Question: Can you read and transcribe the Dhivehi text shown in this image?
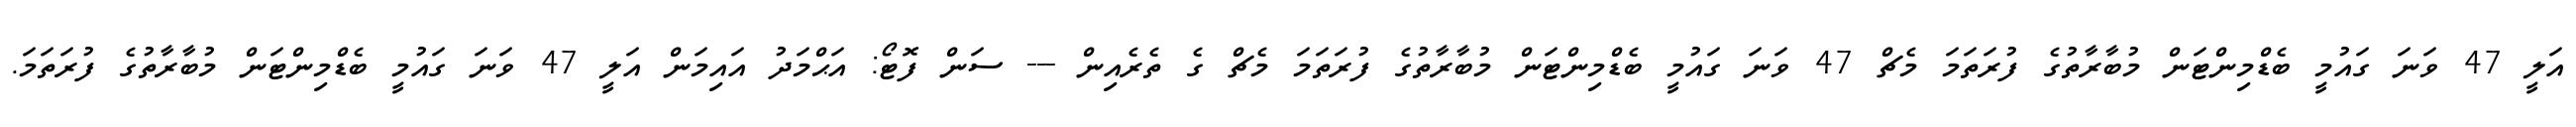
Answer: އަލީ 47 ވަނަ ގައުމީ ބެޑްމިންޓަން މުބާރާތުގެ ފުރަތަމަ މެޗް 47 ވަނަ ގައުމީ ބެޑްމިންޓަން މުބާރާތުގެ ފުރަތަމަ މެޗް ގެ ތެރެއިން --- ސަން ފޮޓޯ: އަޙްމަދު އައިމަން އަލީ 47 ވަނަ ގައުމީ ބެޑްމިންޓަން މުބާރާތުގެ ފުރަތަމަ.